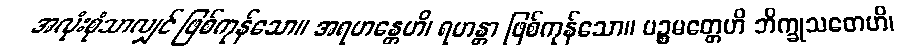
အလုံးစုံသာလျှင် ဖြစ်ကုန်သော။ အရဟန္တေဟိ၊ ရဟန္တာ ဖြစ်ကုန်သော။ ပဉ္စမတ္တေဟိ ဘိက္ခုသတေဟိ၊